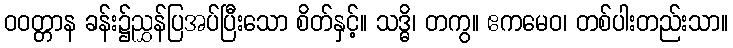
ဝဝတ္တာန ခန်း၌ညွှန်ပြအပ်ပြီးသော စိတ်နှင့်။ သဒ္ဓိ၊ တကွ။ ဧကမေဝ၊ တစ်ပါးတည်းသာ။